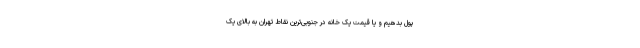
پول بدهیم و یا قیمت یک خانه در جنوبی‌ترین نقاط تهران به بالای یک